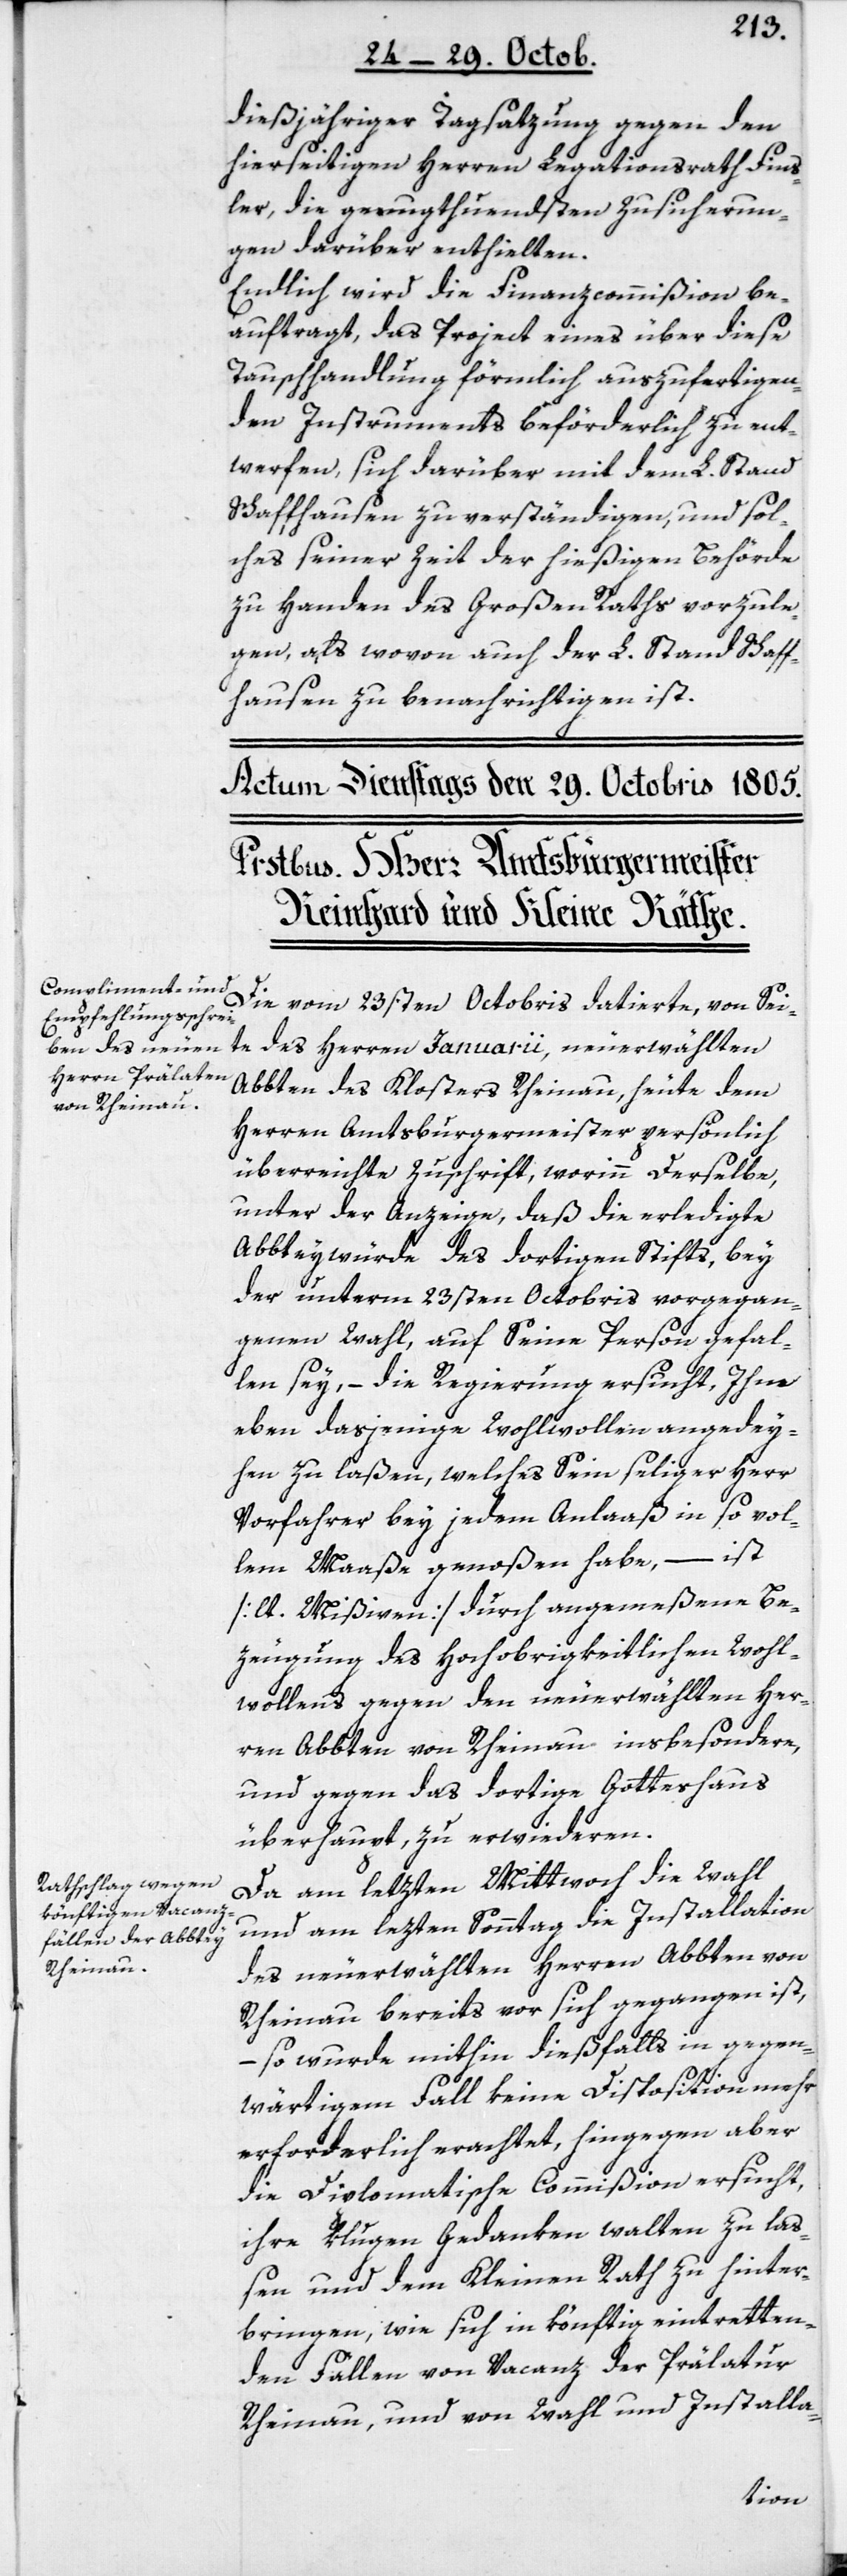
dießjähriger Tagsatzung gegen den
hierseitigen Herren Legationsrath Fins¬
ler, die genugthuendsten Zusicherun¬
gen darüber enthielten.
Endlich wird die Finanzcommißion be¬
auftragt, das Project eines über diese
Tauschhandlung förmlich auszufertigen¬
den Instruments beförderlich zu ent¬
werfen, sich darüber mit dem L. Stand
Schaffhausen zu verständigen, und sol¬
ches seiner Zeit der hießigen Behörde
zu Handen des Großen Raths vorzule¬
gen, als wovon auch der L. Stand Schaff¬
hausen zu benachrichtigen ist.
Die vom 23sten Octobris datierte, von Sei¬
te des Herrn Januarii, neuerwählten
Abbten des Klosters Rheinau, heute dem
Herren Amtsburgermeister persönlich
überreichte Zuschrift, worinn Derselbe
unter der Anzeige, daß die erledigte
Abbteywürde des dortigen Stifts, bey
der unterm 23sten Octobris vorgegan¬
genen Wahl, auf Seine Person gefal¬
len sey, – die Regierung ersucht, Ihm
eben dasjenige Wohlwollen angedey¬
hen zu laßen, welches Sein seliger Herr
Vorfahrer bey jedem Anlaaß in so vol¬
lem Maaße genoßen habe, – ist
[lt. Mißiven] durch angemeßene Be¬
zeugung des Hochobrigkeitlichen Wohl¬
wollens gegen den neuerwählten Her¬
ren Abbten von Rheinau insbesondere,
und gegen das dortige Gotteshaus
überhaupt, zu erwiederen.
Da am letzten Mittwoch die Wahl
und am letzten Sonntag die Installation
des neuerwählten Herren Abbten von
Rheinau bereits vor sich gegangen ist,
– so wurde mithin dießfalls in gegen¬
wärtigem Fall keine Disposition mehr
erforderlich erachtet, hingegen aber
die Diplomatische Commißion ersucht,
ihre klugen Gedanken walten zu la¬
ßen und dem Kleinen Rath zu hinter¬
bringen, wie sich in könftig eintretten¬
den Fällen von Vacanz der Prälatur
Rheinau, und von Wahl und Installa-